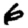
Digit: 6